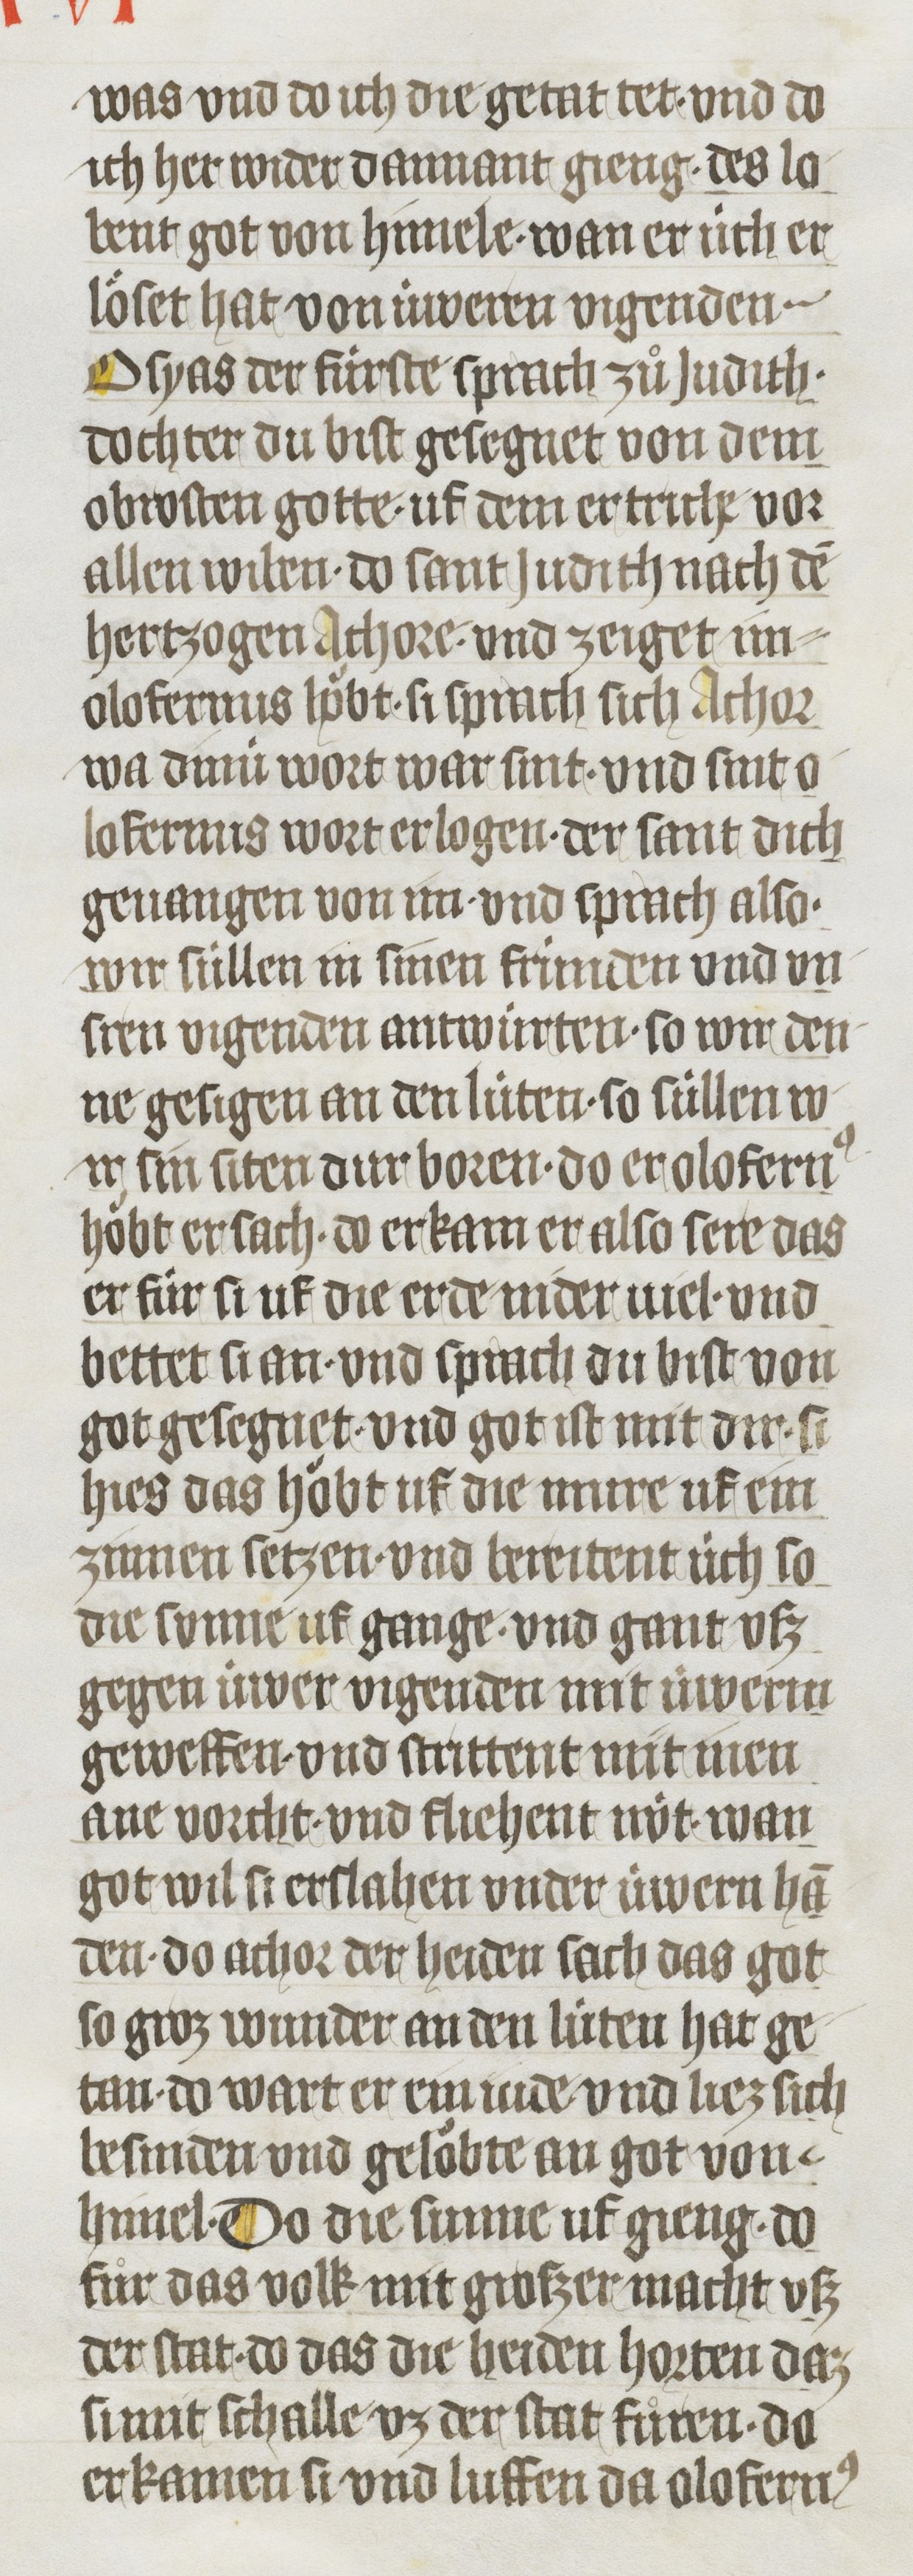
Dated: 1410–1410